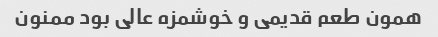
همون طعم قدیمی و خوشمزه عالی بود ممنون